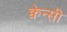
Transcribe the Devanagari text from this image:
क्वेन्सी